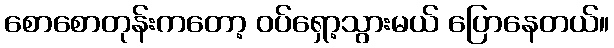
စောစောတုန်းကတော့ ဝပ်ရှော့သွားမယ် ပြောနေတယ်။